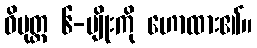
ဝိမုတ္တ ၆-မျိုးကို ဟောထား၏။